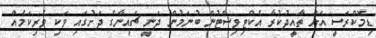
ޑިމޮކްރަސީ އަށް ތާއީދުކުރާ އެކްޓިވިސްޓުން ބުނަމުން ދަނީ ޗައިނާގެ ދަށުގައި ވަކި ވެރިކަމެއް